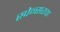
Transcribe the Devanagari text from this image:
स्पेन्सरचा